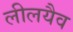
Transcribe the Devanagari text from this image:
लीलयैव